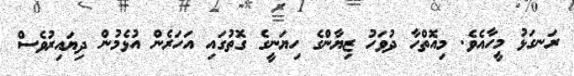
ރަނގަޅު މީހާއެވެ. މިއޮތްހާ ދުވަހު ޒިޔާންގެ ހިޔަނީގެ ގޮތުގައި އަހަރެން އުޅެމުން ދިޔައިރުވެސް